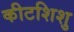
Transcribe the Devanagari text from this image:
कीटशिशु